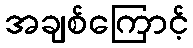
အချစ်ကြောင့်